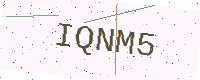
Text: IQNM5